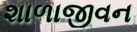
શાળાજીવન